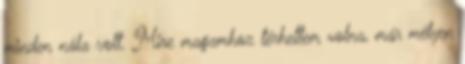
minden nála volt. Mire magamhoz térhettem volna, már mélyen